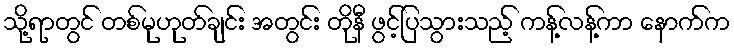
သို့ရာတွင် တစ်မုဟုတ်ချင်း အတွင်း တိုနီ ဖွင့်ပြသွားသည့် ကန့်လန့်ကာ နောက်က